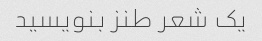
یک شعر طنز بنویسید